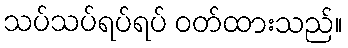
သပ်သပ်ရပ်ရပ် ဝတ်ထားသည်။